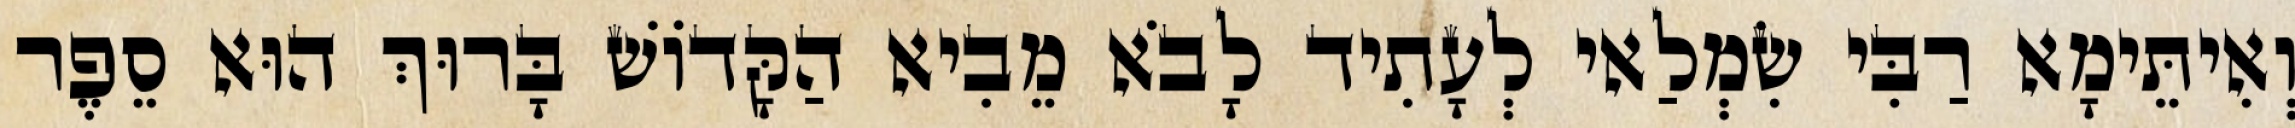
וְאִיתֵּימָא רַבִּי שִׂמְלַאי לְעָתִיד לָבֹא מֵבִיא הַקָּדוֹשׁ בָּרוּךְ הוּא סֵפֶר